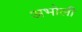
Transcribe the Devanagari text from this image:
अभोली